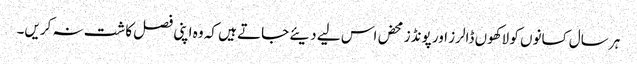
ہر سال کسانوں کو لاکھوں ڈالرز اور پونڈز محض اس لیے دیئے جاتے ہیں کہ وہ اپنی فصل کاشت نہ کریں۔